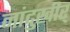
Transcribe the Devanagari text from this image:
नांदुखीर्